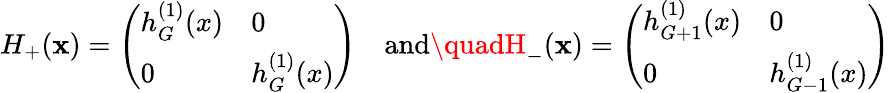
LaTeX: H_{+}(\mathbf{x})=\left(\begin{array}{ll}{{h_{G}^{(1)}(x)}}&{{0}}\\ {{0}}&{{h_{G}^{(1)}(x)}}\end{array}\right)\quad\mathrm{{and}}\quadH_{-}(\mathbf{x})=\left(\begin{array}{ll}{{h_{G+1}^{(1)}(x)}}&{{0}}\\ {{0}}&{{h_{G-1}^{(1)}(x)}}\end{array}\right)